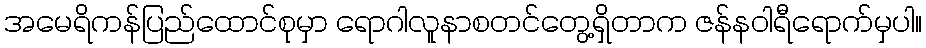
အမေရိကန်ပြည်ထောင်စုမှာ ရောဂါလူနာစတင်တွေ့ရှိတာက ဇန်နဝါရီရောက်မှပါ။